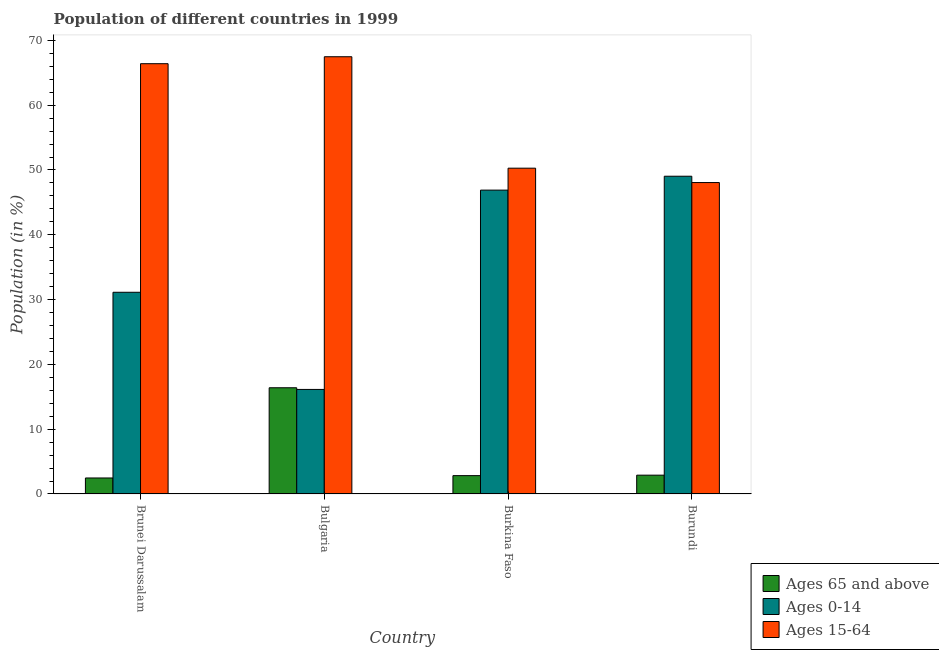
| Country | Ages 65 and above | Ages 0-14 | Ages 15-64 |
 | --- | --- | --- | --- |
 | Brunei Darussalam | 2.47 | 31.1 | 66.4 |
 | Bulgaria | 16.4 | 16.1 | 67.5 |
 | Burkina Faso | 2.83 | 46.9 | 50.3 |
 | Burundi | 2.9 | 49 | 48.1 |